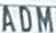
ADM